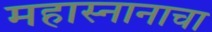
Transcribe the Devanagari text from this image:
महास्नानाचा